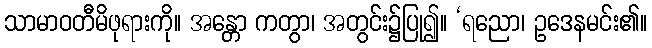
သာမာဝတီမိဖုရားကို။ အန္တော ကတွာ၊ အတွင်း၌ပြု၍။ ‘ရညော၊ ဥဒေနမင်း၏။